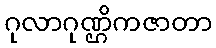
ဂုလာဂုဏ္ဌိကဇာတာ